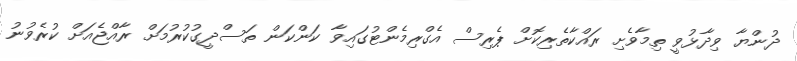
ދުންޔާ ވިދާޅުވީ ތިމާވެށި ރައްކާތެރިކޮށް ޕެރިސް އެގްރިމެންޓުގައިވާ ކަންކަން ތަސްދީގުކުރުމަށް ރާއްޖެއަށް ކުރެވުނު